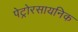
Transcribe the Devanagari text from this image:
पेट्रोरसायनिक